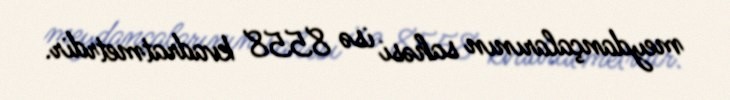
meydançalarının sahəsi isə 8558 kvadratmetrdir.